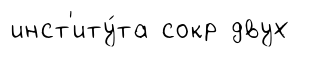
инст'иту́та сокр двух